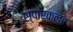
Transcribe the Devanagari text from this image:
स्पार्कलर